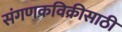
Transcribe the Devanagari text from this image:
संगणकविक्रीसाठी